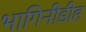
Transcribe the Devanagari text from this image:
भागिनीडीह